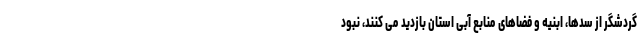
گردشگر از سدها، ابنیه و فضاهای منابع آبی استان بازدید می کنند، نبود